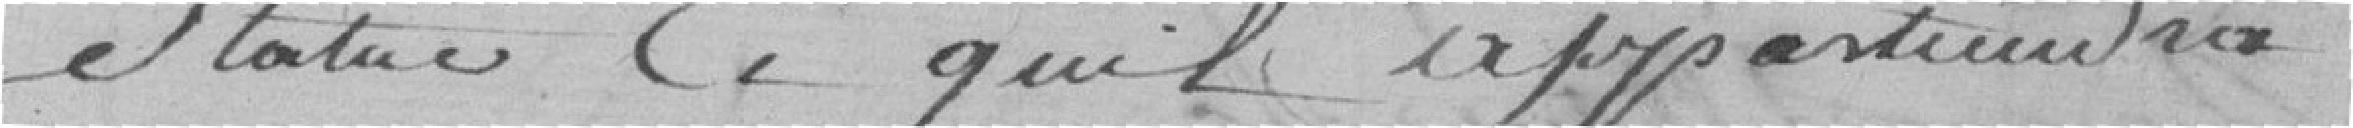
statué ce qu'il appartiendra.